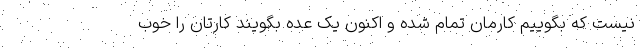
نیست که بگوییم کارمان تمام شده و اکنون یک عده بگویند کارتان را خوب